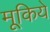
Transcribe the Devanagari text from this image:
मूकिये